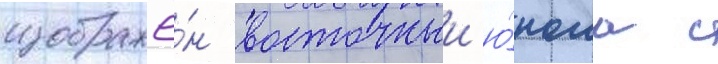
изображё́н восточныи ю́ноша с